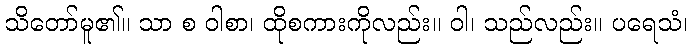
သိတော်မူ၏။ သာ စ ဝါစာ၊ ထိုစကားကိုလည်း။ ဝါ၊ သည်လည်း။ ပရေသံ၊